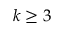
k \geq 3